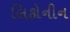
લિકોનીન